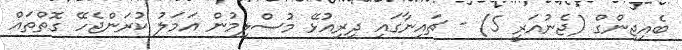
ބެއިޖިންގް (ޖެނުއަރީ 5) - ޗައިނާގައި ދިރިއުޅޭ މުސްލިމުން އަމަލު ކުރަންޖެހޭ ގޮތްތައް